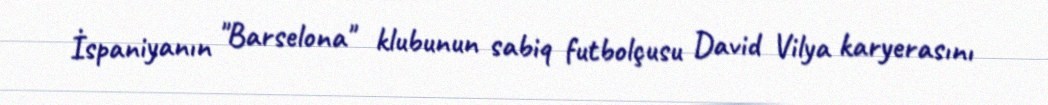
İspaniyanın "Barselona" klubunun sabiq futbolçusu David Vilya karyerasını